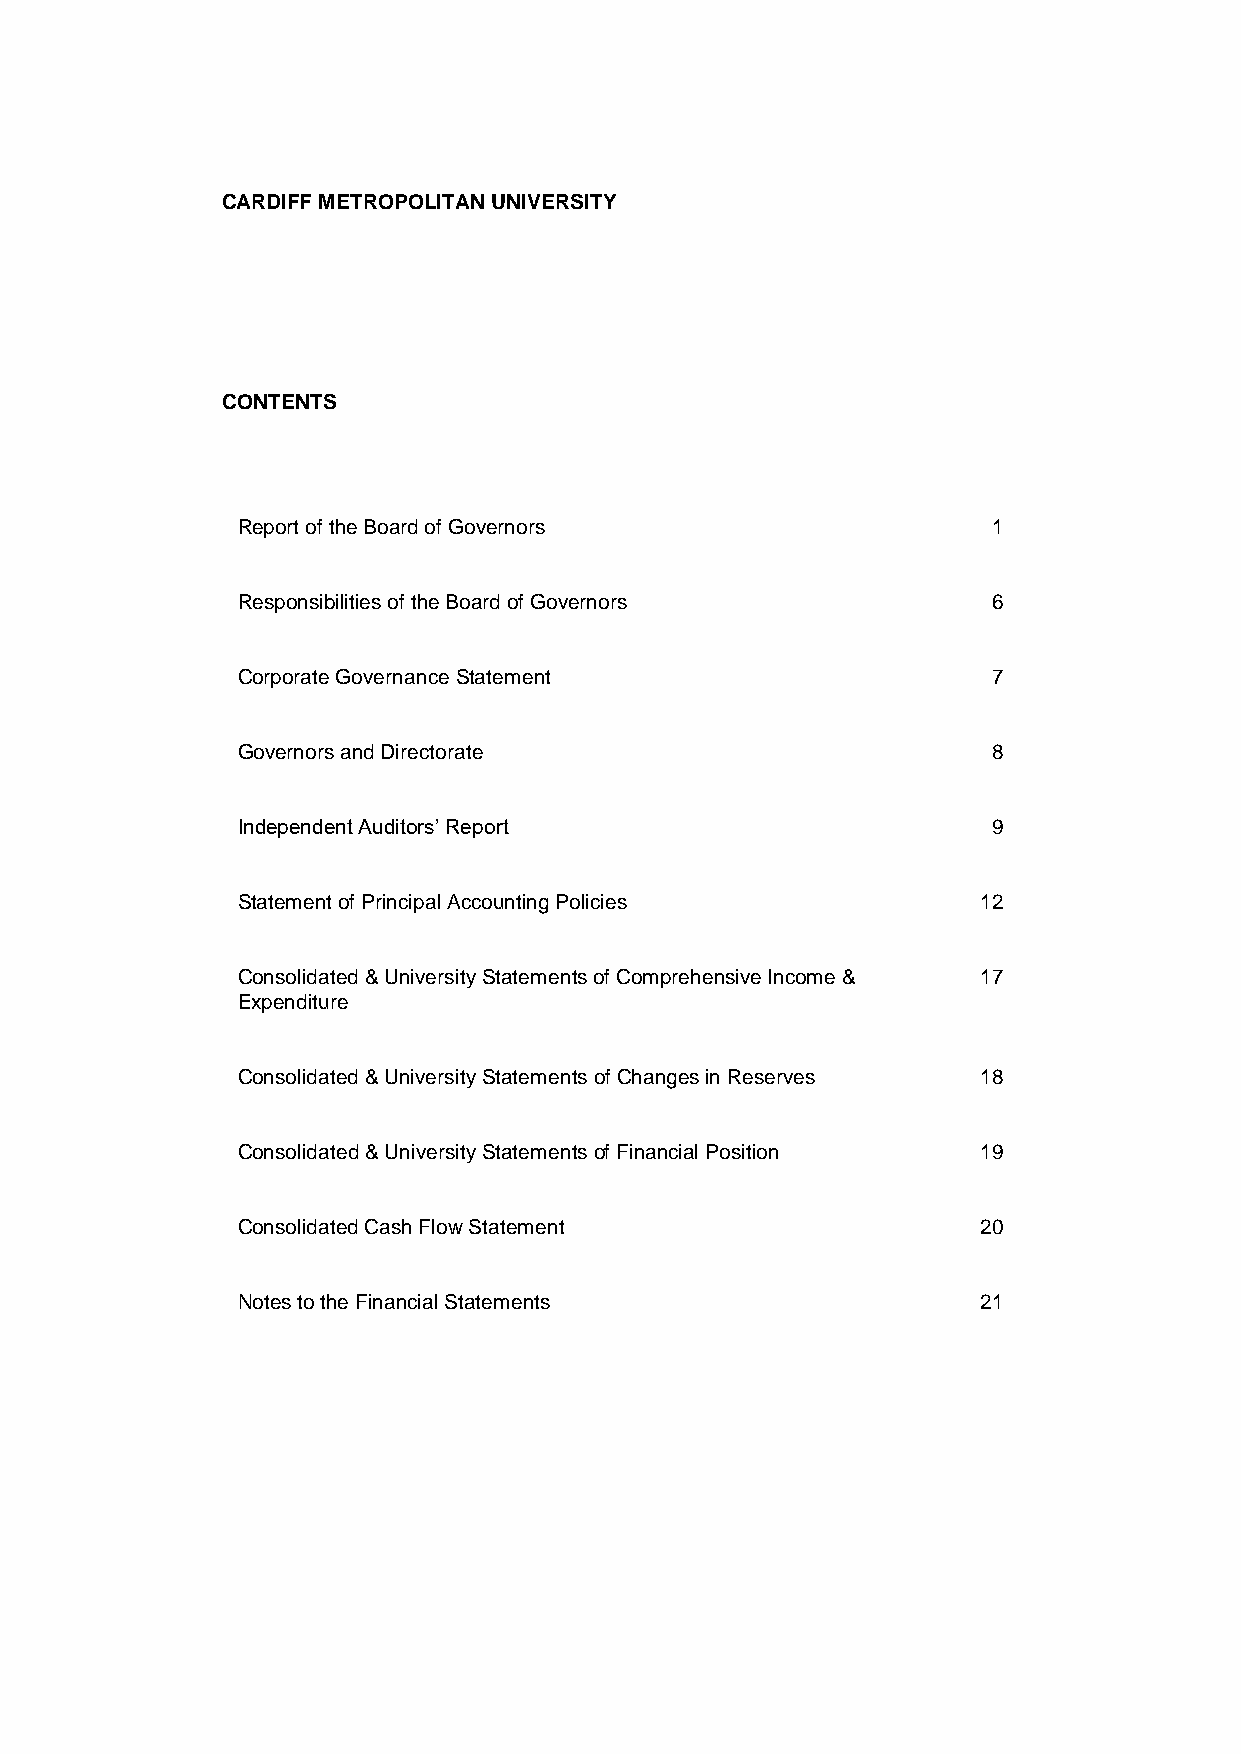
CARDIFF METROPOLITAN UNIVERSITY
 CONTENTS
 Report of the Board of Governors                  1
 Responsibilities of the Board of Governors        6
 Corporate Governance Statement                    7
 Governors and Directorate                         8
 Independent Auditors’ Report                      9
 Statement of Principal Accounting Policies       12
 Consolidated & University Statements of Comprehensive Income & 17
 Expenditure
 Consolidated & University Statements of Changes in Reserves 18
 Consolidated & University Statements of Financial Position 19
 Consolidated Cash Flow Statement                 20
 Notes to the Financial Statements                21